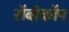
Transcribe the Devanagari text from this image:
राॅबोकाॅप